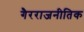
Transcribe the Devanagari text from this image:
गैरराजनीतिक